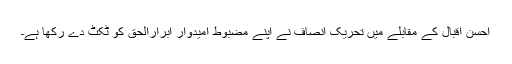
احسن اقبال کے مقابلے میں تحریک انصاف نے اپنے مضبوط امیدوار ابرارالحق کو ٹکٹ دے رکھا ہے۔